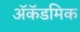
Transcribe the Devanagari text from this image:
अॅकॅडमिक